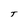
Character: T